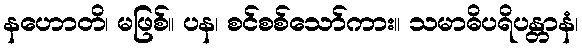
နဟောတိ၊ မဖြစ်။ ပန၊ စင်စစ်သော်ကား။ သမာဓိပရိပန္တာနံ၊